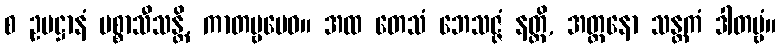
စ ဥပဋ္ဌာနံ ပစ္စာသီသန္တိ, ကာတဗ္ဗမေဝ။ အထ တေသံ ဘေသဇ္ဇံ နတ္ထိ, အတ္တနော သန္တကံ ဒါတဗ္ဗံ။